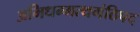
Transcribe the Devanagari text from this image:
अभिधम्मत्थगंठिपद